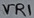
Text: VR1